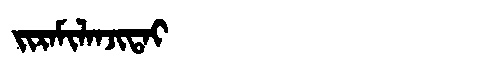
Manchu: ᠵᡳᡵᠠᠮᡳᠯᠠᠨᠵᡳᡨᠠᡳ
Romanization: JIRAMILANJITAI